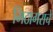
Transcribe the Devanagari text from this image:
मिठागराचे